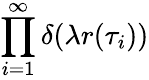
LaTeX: \prod_{i=1}^{\infty}\delta(\lambda r(\tau_{i}))